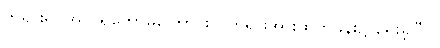
ဘုရားရှင်အလိုရှိတော်မူကြောင်း၊ (တရားအားထုတ်ခန်း၌ ရေးခဲ့ပြီ)။